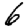
Digit: 6